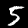
Label: 5